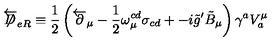
\overleftarrow { \not \! \! D } _ { e R } \equiv \frac { 1 } { 2 } \left( \overleftarrow { \partial } _ { \mu } - \frac { 1 } { 2 } \omega _ { \mu } ^ { c d } \sigma _ { c d } + - i \tilde { g } ^ { \prime } \tilde { B } _ { \mu } \right) \gamma ^ { a } V _ { a } ^ { \mu }